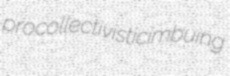
procollectivistic imbuing